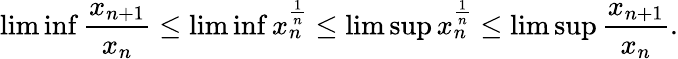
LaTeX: \operatorname*{lim}\operatorname*{inf}\frac{x_{n+1}}{x_{n}}\leq\operatorname*{lim}\operatorname*{inf}x_{n}^{\frac{1}{n}}\leq\operatorname*{lim}\operatorname*{sup}x_{n}^{\frac{1}{n}}\leq\operatorname*{lim}\operatorname*{sup}\frac{x_{n+1}}{x_{n}}.